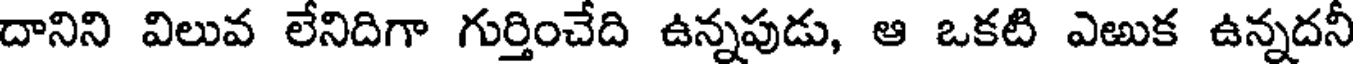
దానిని విలువ లేనిదిగా గుర్తించేది ఉన్నపుడు, ఆ ఒకటి ఎఱుక ఉన్నదనీ